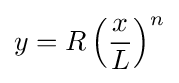
y=R\left({x \over L}\right)^{n}